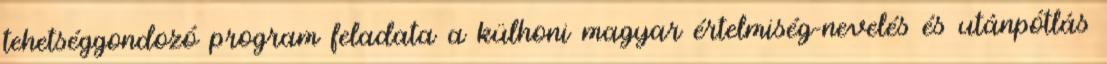
tehetséggondozó program feladata a külhoni magyar értelmiség-nevelés és utánpótlás